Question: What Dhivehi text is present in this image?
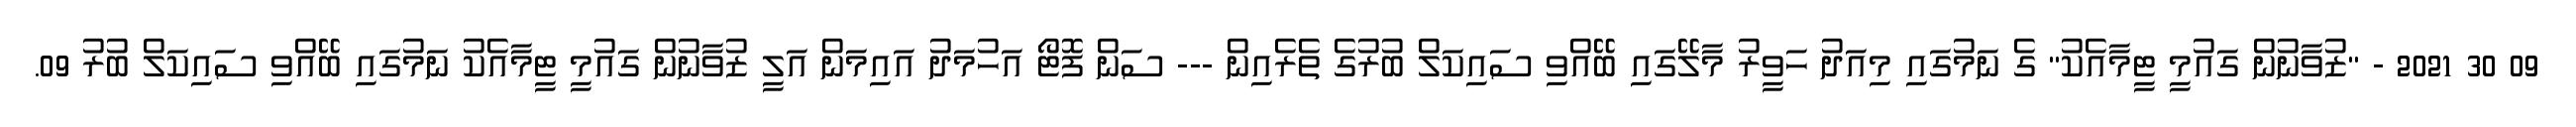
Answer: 09 30 2021 - "ޒުވާނުން ގައުމީ ޓީމާއެކު" ގެ ނަމުގައި މިއަދު ހަވީރު މާލޭގައި ބޭއްވި ސައިކަލް ބުރުގެ ތެރެއިން --- ސަން ފޮޓޯ އަހުމަދު އައިމަން އަލީ ޒުވާނުން ގައުމީ ޓީމާއެކު ނަމުގައި ބޭއްވި ސައިކަލް ބުރު 09.